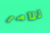
للامر